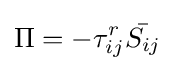
\Pi =-\tau _{ij}^{r}{\bar {S_{ij}}}